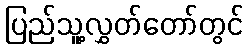
ပြည်သူ့လွှတ်တော်တွင်